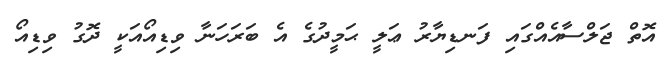
އޮތް ޖަލްސާއެއްގައި ފަނޑިޔާރު ޢަލީ ޙަމީދުގެ އެ ބަރަހަނާ ވިޑިއޯއަކީ ދޮގު ވިޑިއޯ